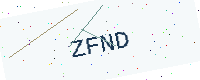
Text: ZFND